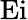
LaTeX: \mathrm{Ei}